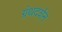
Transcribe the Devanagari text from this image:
ग्रंथदर्शन